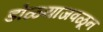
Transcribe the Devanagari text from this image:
डोळ्याजवळून